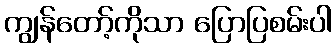
ကျွန်တော့်ကိုသာ ပြောပြစမ်းပါ